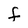
Character: F